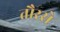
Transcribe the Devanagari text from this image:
तौरसे